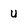
Character: u